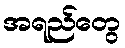
အရည်တွေ